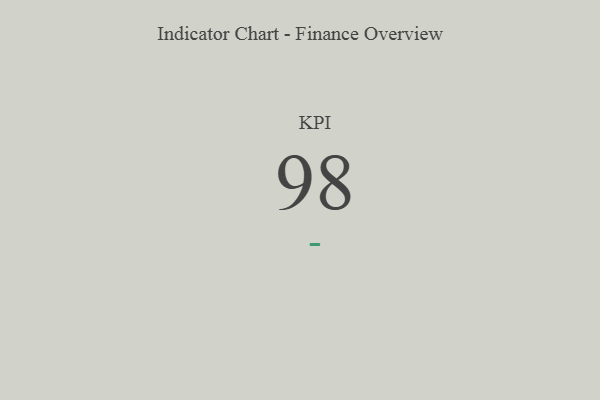
{"axis": {"x": "KPI", "y": "Value"}, "legend": [""], "data": [{"x": "KPI", "y": 98, "type": ""}]}